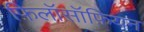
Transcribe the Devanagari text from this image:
फ़िलॉसॉफ़ियन